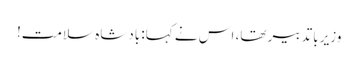
وزیر باتدبیر تھا، اس نے کہا: بادشاہ سلامت!